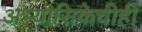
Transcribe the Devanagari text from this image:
अभ्यासिकेचीही